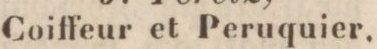
Coiffeur et Peruquier.